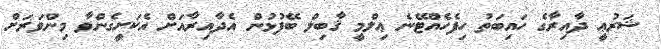
ޝަރުޢީ ދާއިރާގެ ހައިބަތު ހިފެހެއްޓޭނެ ޢިލްމީ ޤާބިލް ބޭފުޅުން އެދާއިރާއަށް އެކަށީގެންވާ މިންވަރަށް